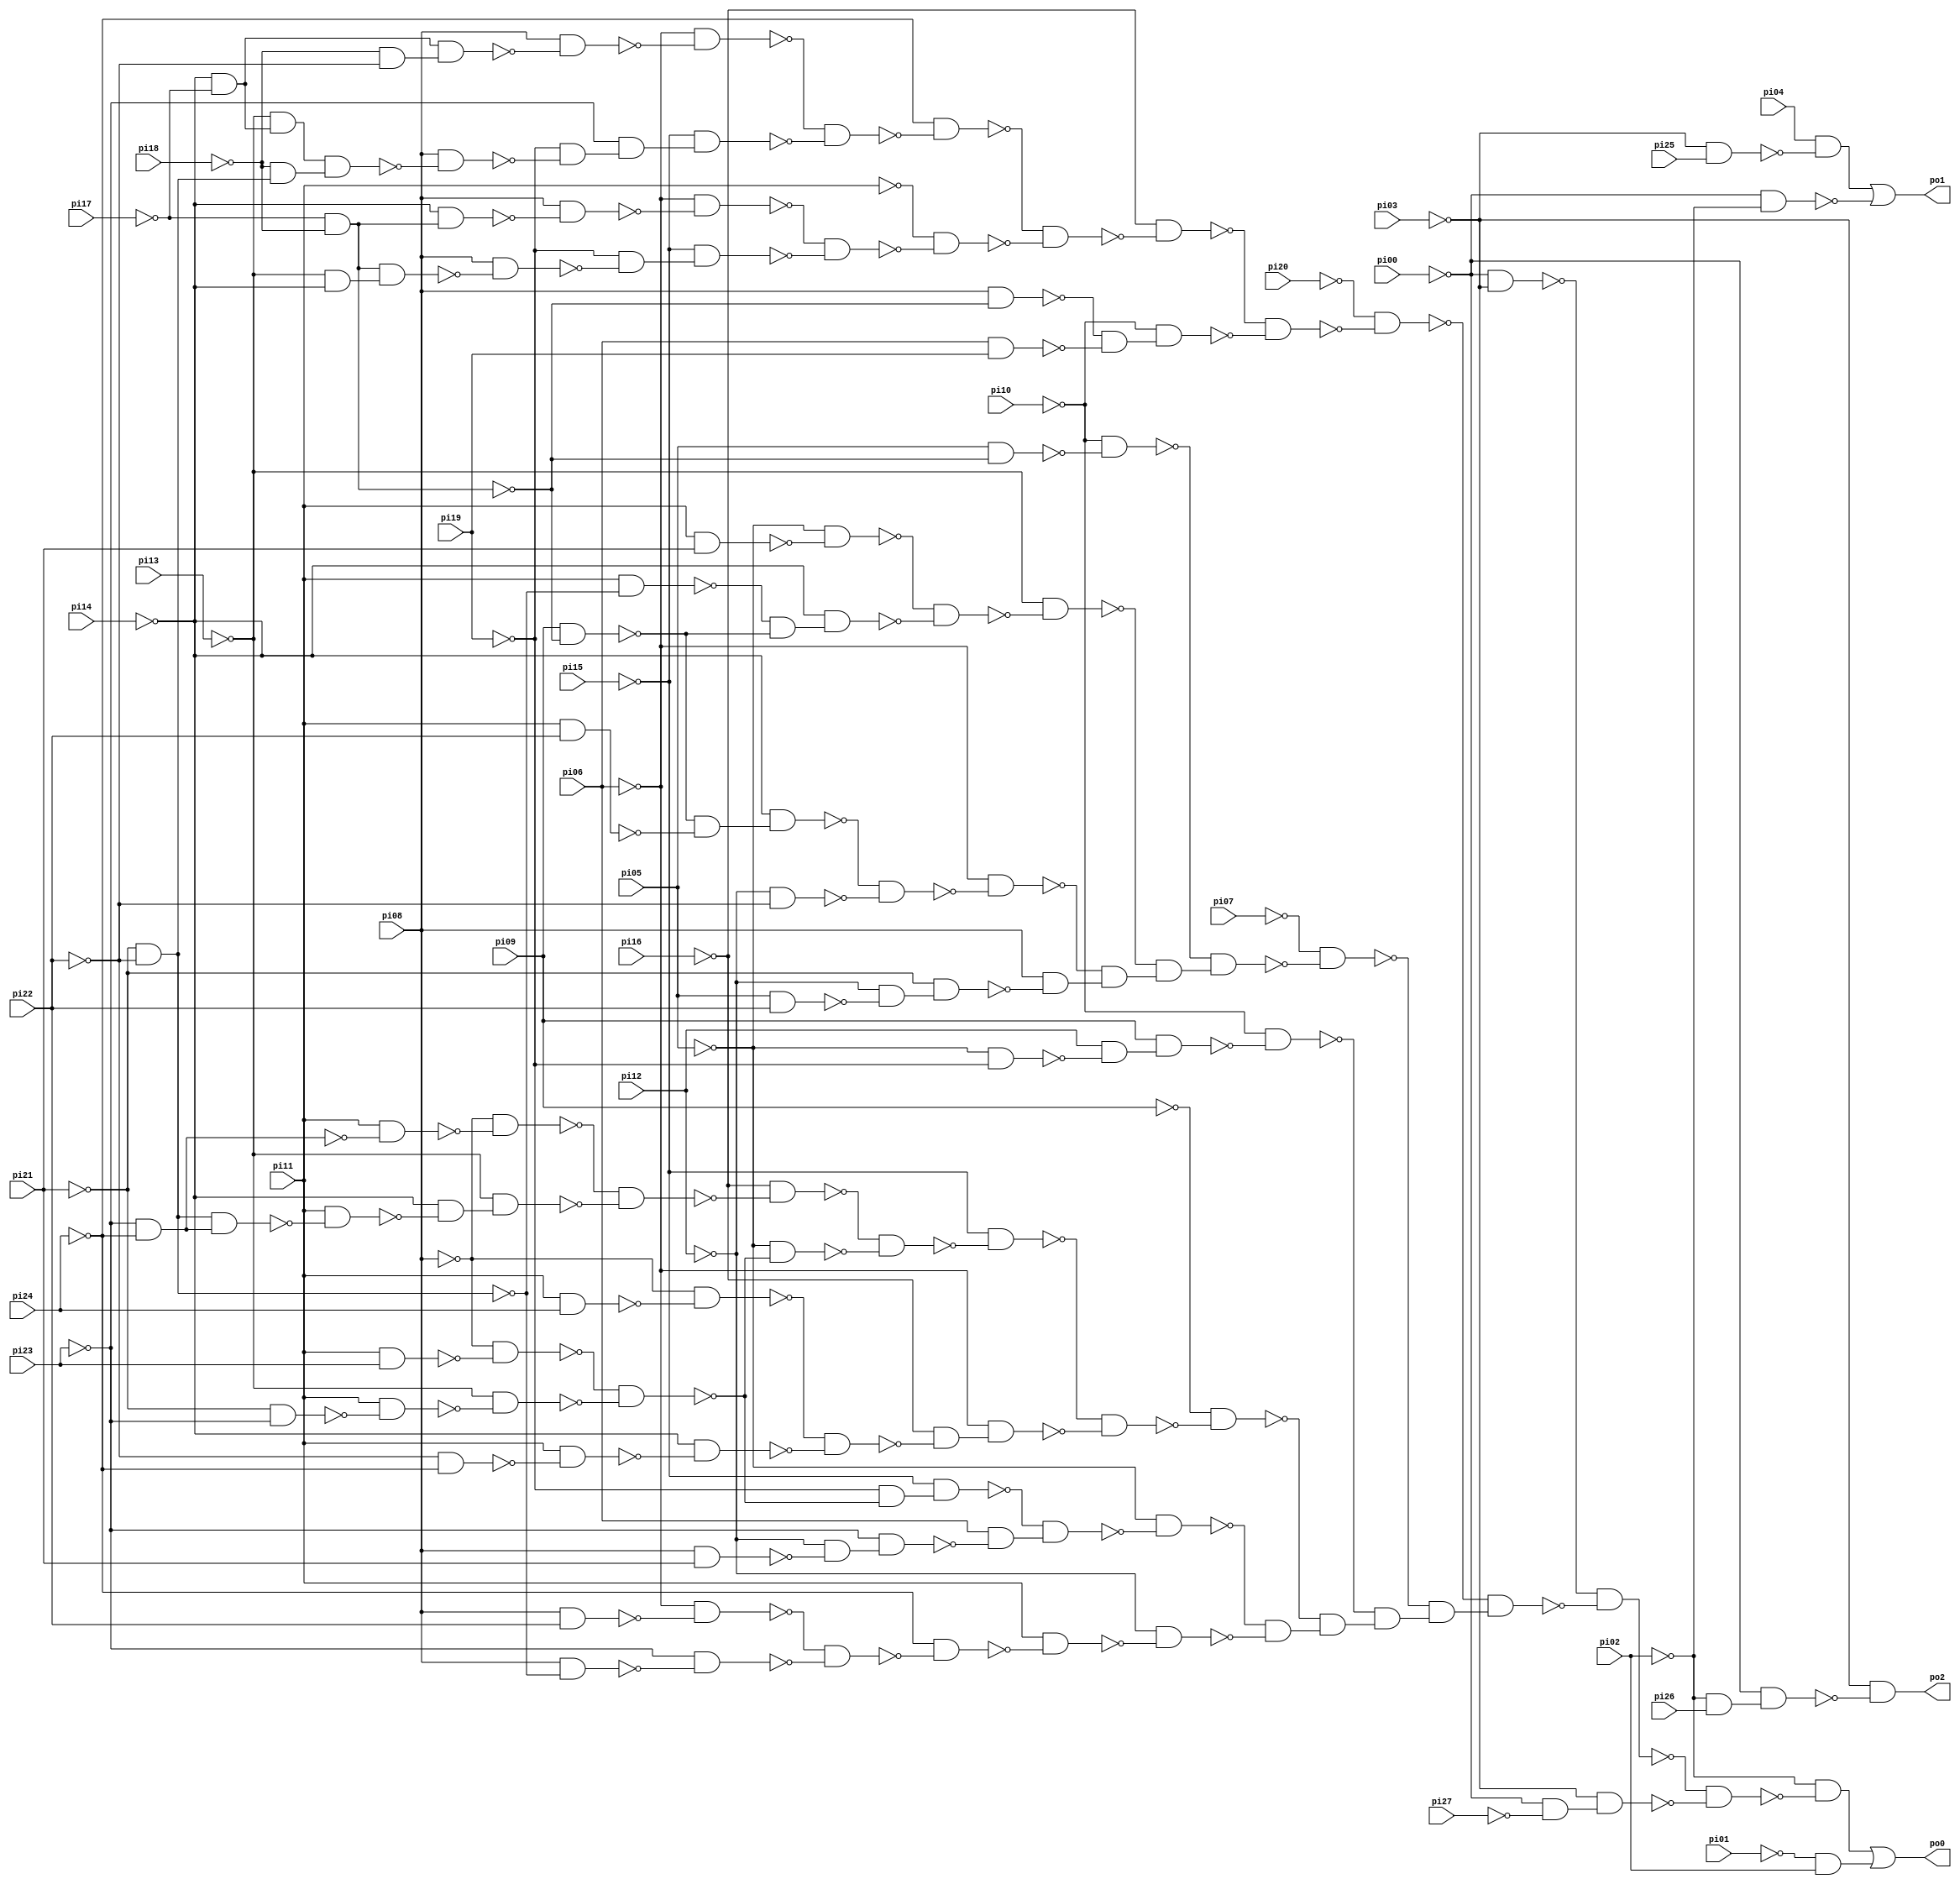
// Benchmark "frg1" written by ABC on Sun Apr 22 21:43:04 2018

module frg1 ( 
    pi00, pi01, pi02, pi03, pi04, pi05, pi06, pi07, pi08, pi09, pi10, pi11,
    pi12, pi13, pi14, pi15, pi16, pi17, pi18, pi19, pi20, pi21, pi22, pi23,
    pi24, pi25, pi26, pi27,
    po0, po1, po2  );
  input  pi00, pi01, pi02, pi03, pi04, pi05, pi06, pi07, pi08, pi09,
    pi10, pi11, pi12, pi13, pi14, pi15, pi16, pi17, pi18, pi19, pi20, pi21,
    pi22, pi23, pi24, pi25, pi26, pi27;
  output po0, po1, po2;
  wire n32, n33, n34, n35, n36, n37, n38, n39, n40, n41, n42, n43, n44, n45,
    n46, n47, n48, n49, n50, n51, n52, n53, n54, n55, n56, n57, n58, n59,
    n60, n61, n62, n63, n64, n65, n66, n67, n68, n69, n70, n71, n72, n73,
    n74, n75, n76, n77, n78, n79, n80, n81, n82, n83, n84, n85, n86, n87,
    n88, n89, n90, n91, n92, n93, n94, n95, n96, n97, n98, n99, n100, n101,
    n102, n103, n104, n105, n106, n107, n108, n109, n110, n111, n112, n113,
    n114, n115, n116, n117, n118, n119, n120, n121, n122, n123, n124, n125,
    n126, n127, n128, n129, n130, n131, n132, n133, n134, n135, n136, n137,
    n138, n139, n140, n141, n142, n143, n144, n145, n146, n147, n148, n149,
    n151, n152, n153, n155, n156;
  assign n32 = ~pi00 & ~pi03;
  assign n33 = ~pi14 & ~pi17;
  assign n34 = ~pi18 & ~pi22;
  assign n35 = n33 & n34;
  assign n36 = pi08 & ~n35;
  assign n37 = ~pi06 & ~n36;
  assign n38 = ~pi13 & n33;
  assign n39 = ~pi21 & ~pi22;
  assign n40 = ~pi18 & n39;
  assign n41 = n38 & n40;
  assign n42 = pi08 & ~n41;
  assign n43 = ~pi19 & ~n42;
  assign n44 = ~pi23 & n43;
  assign n45 = ~pi15 & n44;
  assign n46 = ~n37 & ~n45;
  assign n47 = ~pi24 & ~n46;
  assign n48 = ~pi17 & ~pi18;
  assign n49 = ~pi14 & n48;
  assign n50 = pi08 & ~n49;
  assign n51 = ~pi06 & ~n50;
  assign n52 = ~pi13 & ~pi14;
  assign n53 = n48 & n52;
  assign n54 = pi08 & ~n53;
  assign n55 = ~pi19 & ~n54;
  assign n56 = ~pi15 & n55;
  assign n57 = ~n51 & ~n56;
  assign n58 = ~pi11 & ~n57;
  assign n59 = ~n47 & ~n58;
  assign n60 = ~pi16 & ~n59;
  assign n61 = pi08 & ~n48;
  assign n62 = pi06 & pi19;
  assign n63 = ~n61 & ~n62;
  assign n64 = ~pi10 & n63;
  assign n65 = ~n60 & ~n64;
  assign n66 = ~pi20 & ~n65;
  assign n67 = pi05 & ~n48;
  assign n68 = ~pi10 & ~n67;
  assign n69 = pi11 & pi21;
  assign n70 = ~pi05 & ~n69;
  assign n71 = pi11 & ~n39;
  assign n72 = pi09 & ~n48;
  assign n73 = ~n71 & ~n72;
  assign n74 = ~pi14 & n73;
  assign n75 = ~n70 & ~n74;
  assign n76 = ~pi13 & ~n75;
  assign n77 = pi11 & pi22;
  assign n78 = ~n72 & ~n77;
  assign n79 = ~pi14 & n78;
  assign n80 = ~pi12 & ~pi22;
  assign n81 = ~n79 & ~n80;
  assign n82 = ~pi06 & ~n81;
  assign n83 = pi05 & pi22;
  assign n84 = ~pi12 & ~n83;
  assign n85 = ~pi21 & n84;
  assign n86 = pi08 & ~n85;
  assign n87 = ~n82 & n86;
  assign n88 = ~n76 & n87;
  assign n89 = ~n68 & n88;
  assign n90 = ~pi07 & ~n89;
  assign n91 = ~pi05 & ~pi19;
  assign n92 = pi12 & ~n91;
  assign n93 = pi09 & n92;
  assign n94 = ~pi10 & ~n93;
  assign n95 = ~pi23 & ~pi24;
  assign n96 = pi11 & ~n95;
  assign n97 = ~pi08 & ~n96;
  assign n98 = n39 & n95;
  assign n99 = pi11 & ~n98;
  assign n100 = ~pi14 & ~n99;
  assign n101 = ~pi13 & n100;
  assign n102 = ~n97 & ~n101;
  assign n103 = ~pi16 & ~n102;
  assign n104 = pi11 & pi23;
  assign n105 = ~pi08 & ~n104;
  assign n106 = ~pi21 & ~pi23;
  assign n107 = pi11 & ~n106;
  assign n108 = ~pi13 & ~n107;
  assign n109 = ~n105 & ~n108;
  assign n110 = ~pi05 & ~n109;
  assign n111 = ~n103 & ~n110;
  assign n112 = ~pi15 & ~n111;
  assign n113 = pi11 & pi24;
  assign n114 = ~pi08 & ~n113;
  assign n115 = ~pi22 & ~pi24;
  assign n116 = pi11 & ~n115;
  assign n117 = ~pi14 & ~n116;
  assign n118 = ~n114 & ~n117;
  assign n119 = ~pi16 & ~n118;
  assign n120 = ~pi06 & n119;
  assign n121 = ~n112 & ~n120;
  assign n122 = ~pi09 & ~n121;
  assign n123 = ~pi19 & ~n109;
  assign n124 = ~pi15 & n123;
  assign n125 = pi08 & pi21;
  assign n126 = ~pi12 & ~n125;
  assign n127 = ~pi23 & n126;
  assign n128 = pi06 & ~n127;
  assign n129 = ~n124 & n128;
  assign n130 = ~pi05 & ~n129;
  assign n131 = pi08 & pi22;
  assign n132 = ~pi06 & ~n131;
  assign n133 = pi08 & ~n39;
  assign n134 = ~pi23 & ~n133;
  assign n135 = ~n132 & ~n134;
  assign n136 = ~pi24 & ~n135;
  assign n137 = pi11 & ~n136;
  assign n138 = ~pi12 & ~n137;
  assign n139 = ~n130 & ~n138;
  assign n140 = ~n122 & n139;
  assign n141 = ~n94 & n140;
  assign n142 = ~n90 & n141;
  assign n143 = ~n66 & n142;
  assign n144 = ~n32 & ~n143;
  assign n145 = ~pi00 & ~pi27;
  assign n146 = ~pi03 & n145;
  assign n147 = ~n144 & ~n146;
  assign n148 = ~pi02 & ~n147;
  assign n149 = ~pi01 & pi02;
  assign po0 = n148 | n149;
  assign n151 = ~pi03 & pi25;
  assign n152 = pi04 & ~n151;
  assign n153 = ~pi00 & ~pi02;
  assign po1 = n152 | ~n153;
  assign n155 = ~pi02 & pi26;
  assign n156 = ~pi00 & n155;
  assign po2 = ~pi03 & ~n156;
endmodule